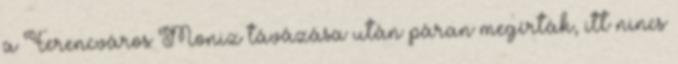
a Ferencváros Moniz távázása után páran megírták, itt nincs